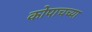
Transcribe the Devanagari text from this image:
कोपाचच्या